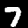
Digit: 7